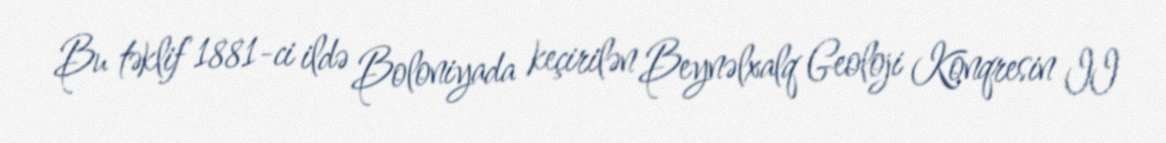
Bu təklif 1881-ci ildə Boloniyada keçirilən Beynəlxalq Geoloji Konqresin II